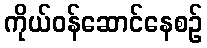
ကိုယ်ဝန်ဆောင်နေစဉ်